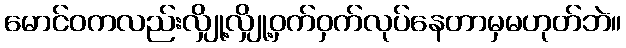
မောင်ဝကလည်းလျှို့လျှို့ဝှက်ဝှက်လုပ်နေတာမှမဟုတ်ဘဲ။